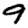
Digit: 9